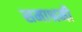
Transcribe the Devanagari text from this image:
समाश्रमी